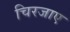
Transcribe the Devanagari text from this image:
चिरजाए